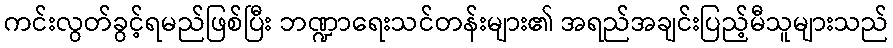
ကင်းလွတ်ခွင့်ရမည်ဖြစ်ပြီး ဘဏ္ဍာရေးသင်တန်းများ၏ အရည်အချင်းပြည့်မီသူများသည်